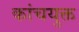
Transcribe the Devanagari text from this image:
कांचयुक्त